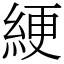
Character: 綆